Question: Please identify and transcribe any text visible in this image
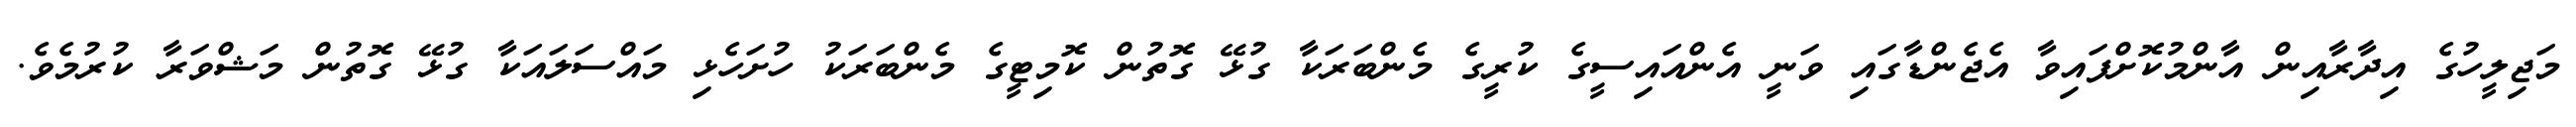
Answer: މަޖިލީހުގެ އިދާރާއިން އާންމުކޮށްފައިވާ އެޖެންޑާގައި ވަނީ އެންއައިސީގެ ކުރީގެ މެންބަރަކާ ގުޅޭ ގޮތުން ކޮމިޓީގެ މެންބަރަކު ހުށަހެޅި މައްސަލައަކާ ގުޅޭ ގޮތުން މަޝްވަރާ ކުރުމެވެ.